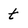
Character: t